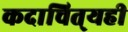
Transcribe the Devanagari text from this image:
कदाचित्‌यही